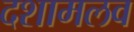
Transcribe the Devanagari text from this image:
दशामलव